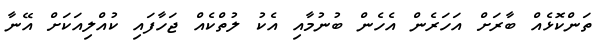
ތަންކޮޅެއް ބާރަށް އަހަރެން އެހެން ބުނުމާއި އެކު ލުތްކެއް ޖަހާފައި ކުއްލިއަކަށް އޭނާ